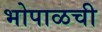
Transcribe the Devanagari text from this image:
भोपाळची